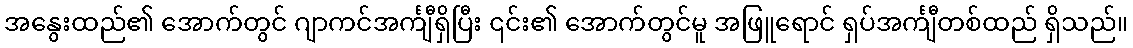
အနွေးထည်၏ အောက်တွင် ဂျာကင်အင်္ကျီရှိပြီး ၎င်း၏ အောက်တွင်မူ အဖြူရောင် ရှပ်အင်္ကျီတစ်ထည် ရှိသည်။